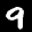
Label: 9